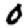
Digit: 0